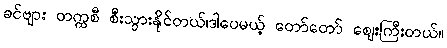
ခင်ဗျား တက္ကစီ စီးသွားနိုင်တယ်၊ဒါပေမယ့် တော်တော် ဈေးကြီးတယ်။